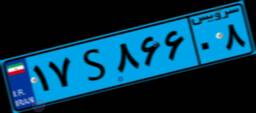
۱۷S۸۶۶۰۸